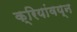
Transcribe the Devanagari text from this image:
क्रियांवय्न